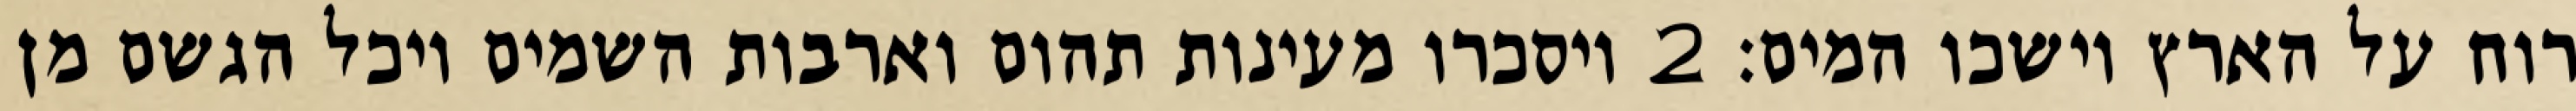
רוח על הארץ וישכו המים׃ ‎2‏ ויסכרו מעינות תהום וארבות השמים ויכל הגשם מן